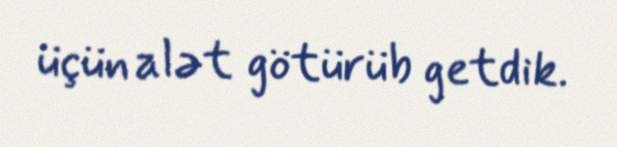
üçün alət götürüb getdik.